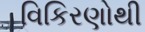
વિકિરણોથી